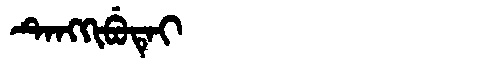
Manchu: ᡨᡝᠩᡴᡳᠪᡠᡨᡝᡳ
Romanization: TENGKIBUTEI